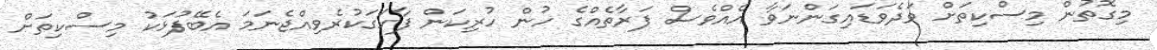
މިގޮތުން މިސްކިތަށް ވަދެވަޑައިގަންނަވާ އެއްވެސް ފަރާތެއްގެ ހުން ހުރިކަން ފާހަގަކުރެވިއްޖެނަމަ އެބޭފުޅަކު މިސްކިތަށް